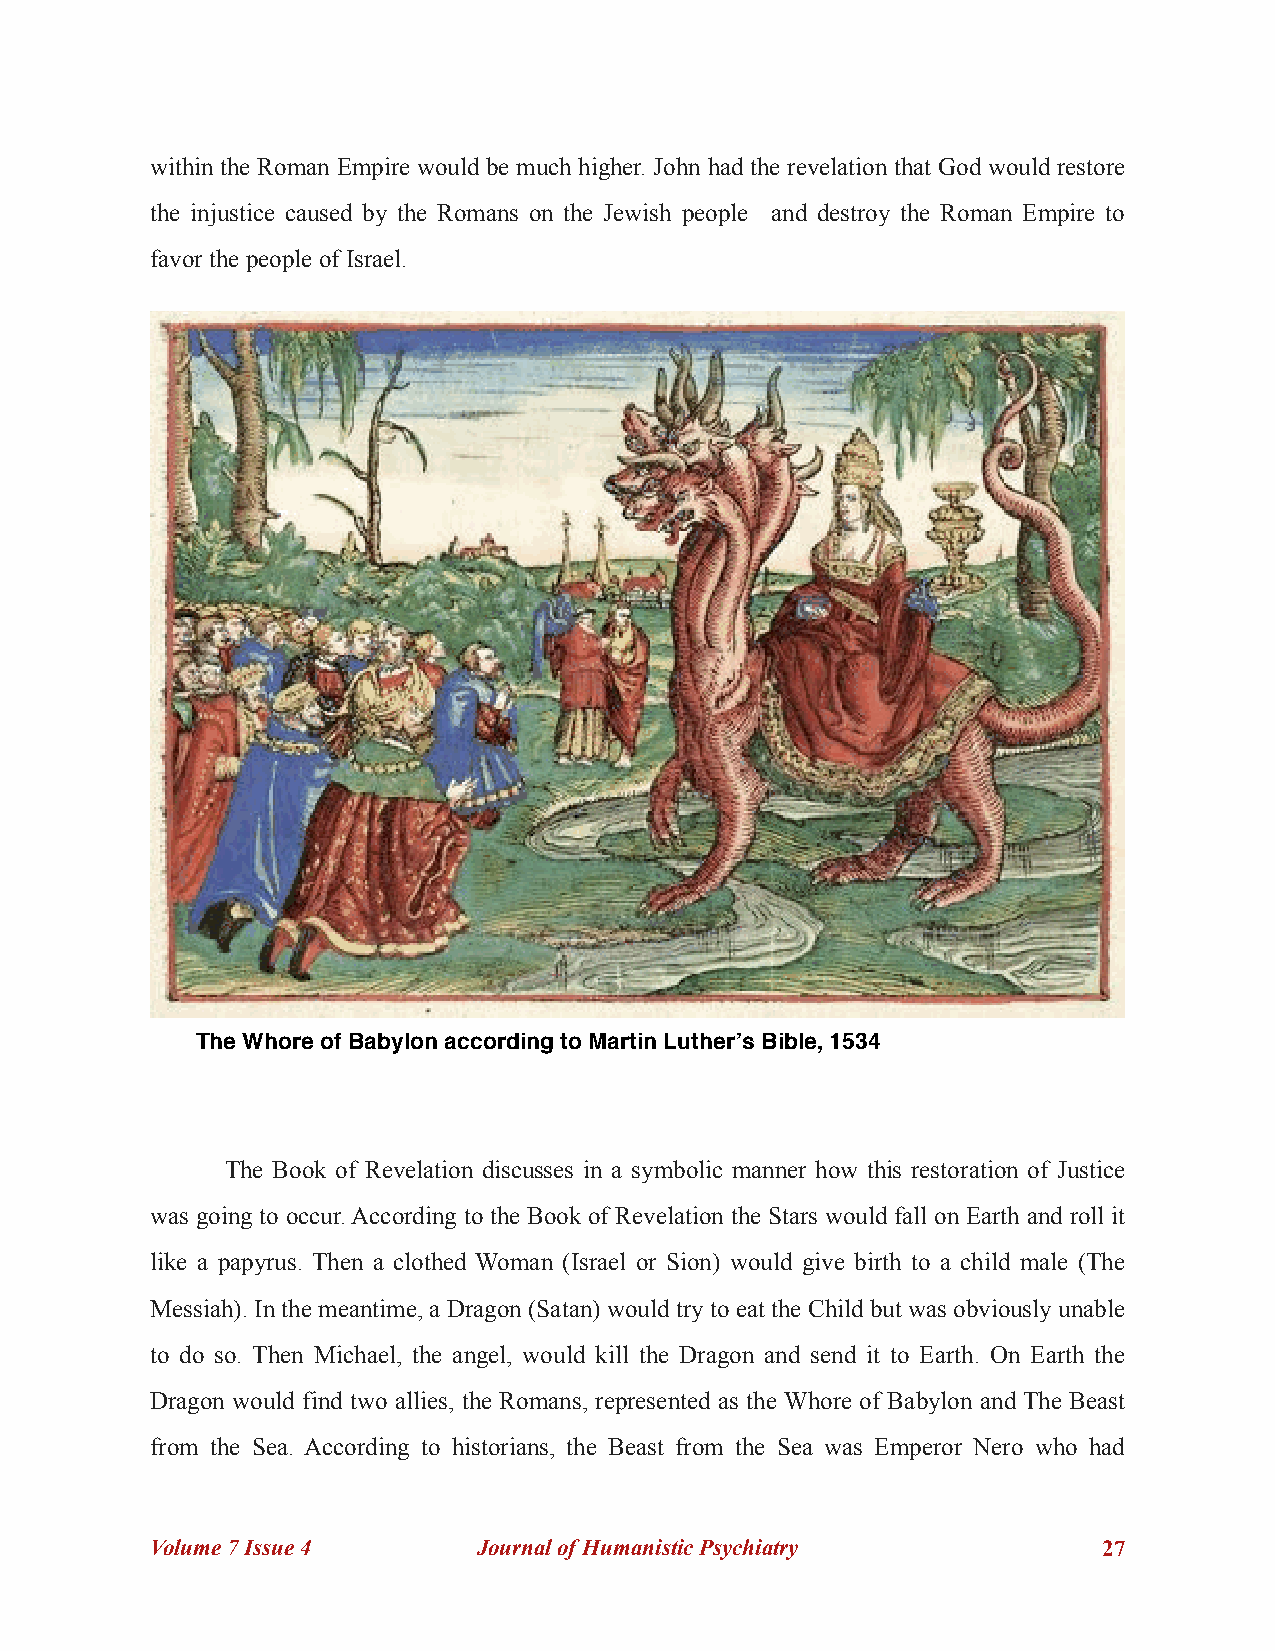
within the Roman Empire would be much higher. John had the revelation that God would restore
 the injustice caused by the Romans on the Jewish people and destroy the Roman Empire to
 favor the people of Israel.
 The Whore of Babylon according to Martin Luther’s Bible, 1534
 The Book of Revelation discusses in a symbolic manner how this restoration of Justice
 was going to occur. According to the Book of Revelation the Stars would fall on Earth and roll it
 like a papyrus. Then a clothed Woman (Israel or Sion) would give birth to a child male (The
 Messiah). In the meantime, a Dragon (Satan) would try to eat the Child but was obviously unable
 to do so. Then Michael, the angel, would kill the Dragon and send it to Earth. On Earth the
 Dragon would find two allies, the Romans, represented as the Whore of Babylon and The Beast
 from the Sea. According to historians, the Beast from the Sea was Emperor Nero who had
 Volume 7 Issue 4      Journal of Humanistic Psychiatry         !27